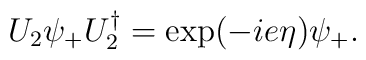
U_2 \psi_+ U_2^\dagger = \exp(-ie\eta) \psi_+.